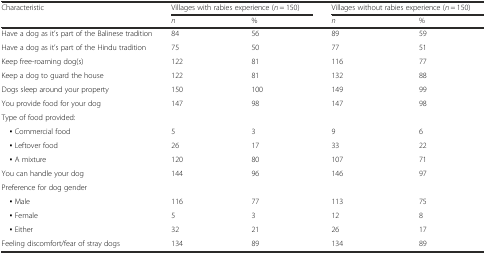
<table><thead><tr><td rowspan="2"><b>Characteristic</b></td><td colspan="2"><b>Villages with rabies experience (<i>n</i> = 150)</b></td><td colspan="2"><b>Villages without rabies experience (<i>n</i> = 150)</b></td></tr><tr><td><b><i>n</i></b></td><td><b>%</b></td><td><b><i>n</i></b></td><td><b>%</b></td></tr></thead><tbody><tr><td>Have a dog as it’s part of the Balinese tradition</td><td>84</td><td>56</td><td>89</td><td>59</td></tr><tr><td>Have a dog as it’s part of the Hindu tradition</td><td>75</td><td>50</td><td>77</td><td>51</td></tr><tr><td>Keep free-roaming dog(s)</td><td>122</td><td>81</td><td>116</td><td>77</td></tr><tr><td>Keep a dog to guard the house</td><td>122</td><td>81</td><td>132</td><td>88</td></tr><tr><td>Dogs sleep around your property</td><td>150</td><td>100</td><td>149</td><td>99</td></tr><tr><td>You provide food for your dog</td><td>147</td><td>98</td><td>147</td><td>98</td></tr><tr><td>Type of food provided:</td><td></td><td></td><td></td><td></td></tr><tr><td> ▪ Commercial food</td><td>5</td><td>3</td><td>9</td><td>6</td></tr><tr><td> ▪ Leftover food</td><td>26</td><td>17</td><td>33</td><td>22</td></tr><tr><td> ▪ A mixture</td><td>120</td><td>80</td><td>107</td><td>71</td></tr><tr><td>You can handle your dog</td><td>144</td><td>96</td><td>146</td><td>97</td></tr><tr><td>Preference for dog gender</td><td></td><td></td><td></td><td></td></tr><tr><td> ▪ Male</td><td>116</td><td>77</td><td>113</td><td>75</td></tr><tr><td> ▪ Female</td><td>5</td><td>3</td><td>12</td><td>8</td></tr><tr><td> ▪ Either</td><td>32</td><td>21</td><td>26</td><td>17</td></tr><tr><td>Feeling discomfort/fear of stray dogs</td><td>134</td><td>89</td><td>134</td><td>89</td></tr></tbody></table>